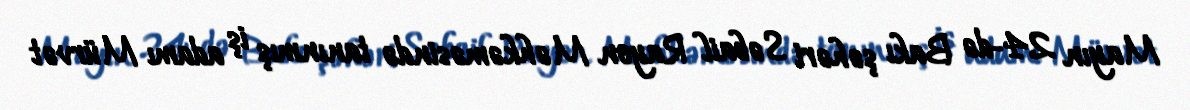
Mayın 24-də Bakı şəhəri Səbail Rayon Məhkəməsində tanınmış iş adamı Mürvət